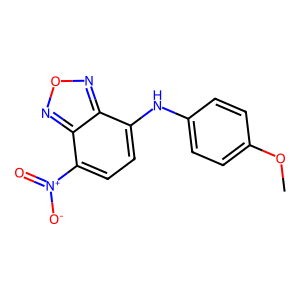
SMILES: COc1ccc(Nc2ccc([N+](=O)[O-])c3nonc23)cc1
Inhibits HIV replication: No